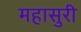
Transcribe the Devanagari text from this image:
महासुरी